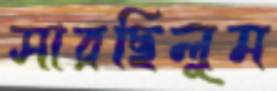
সারছিলুম